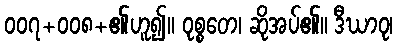
၀၀၇+၀၀၈+၏ဟူ၍။ ဝုစ္စတေ၊ ဆိုအပ်၏။ ဒီဃာဝု၊